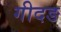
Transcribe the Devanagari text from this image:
गीदङ